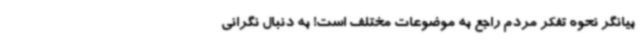
بیانگر نحوه تفکر مردم راجع به موضوعات مختلف است! به‌ دنبال نگرانی